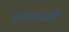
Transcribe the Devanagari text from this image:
वल्लभगडदेखील